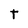
Character: t